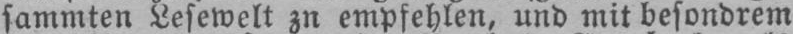
sammten Lesewelt zu empfehlen, und mit besondrem